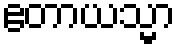
ဧတာယသ္မာ